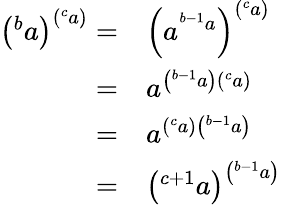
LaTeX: {\begin{array}{rl}{\left(^{b}a\right)^{\left(^{c}a\right)}=}&{\left(a^{^{b-1}a}\right)^{\left(^{c}a\right)}}\\ {=}&{a^{\left(^{b-1}a\right)\left(^{c}a\right)}}\\ {=}&{a^{\left(^{c}a\right)\left(^{b-1}a\right)}}\\ {=}&{\left(^{c+1}a\right)^{\left(^{b-1}a\right)}}\end{array}}